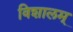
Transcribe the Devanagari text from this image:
विशालम्